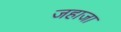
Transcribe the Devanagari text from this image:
जहाजा